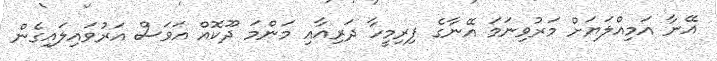
އޭނާ އަމިއްލަޔަށް މަރުވިނަމަ އޭނާގެ ފިރިމީހާ ދަރިއާއި މަންމަ ދޫކޮއް އަވަސް އަރުވައިލައިގެން